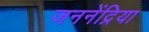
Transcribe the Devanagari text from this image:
जननेंद्रिया